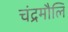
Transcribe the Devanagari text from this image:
चंद्रमौलि